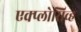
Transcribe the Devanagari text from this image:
एक्प्लोसिव्ह